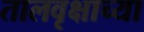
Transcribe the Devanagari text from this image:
तालवृक्षाच्या